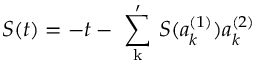
S ( t ) = - t - \mathrm { ~ \sum _ { k } ^ { \prime } ~ } S ( a _ { k } ^ { ( 1 ) } ) a _ { k } ^ { ( 2 ) }